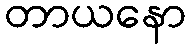
တာယနော